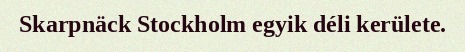
Skarpnäck Stockholm egyik déli kerülete.